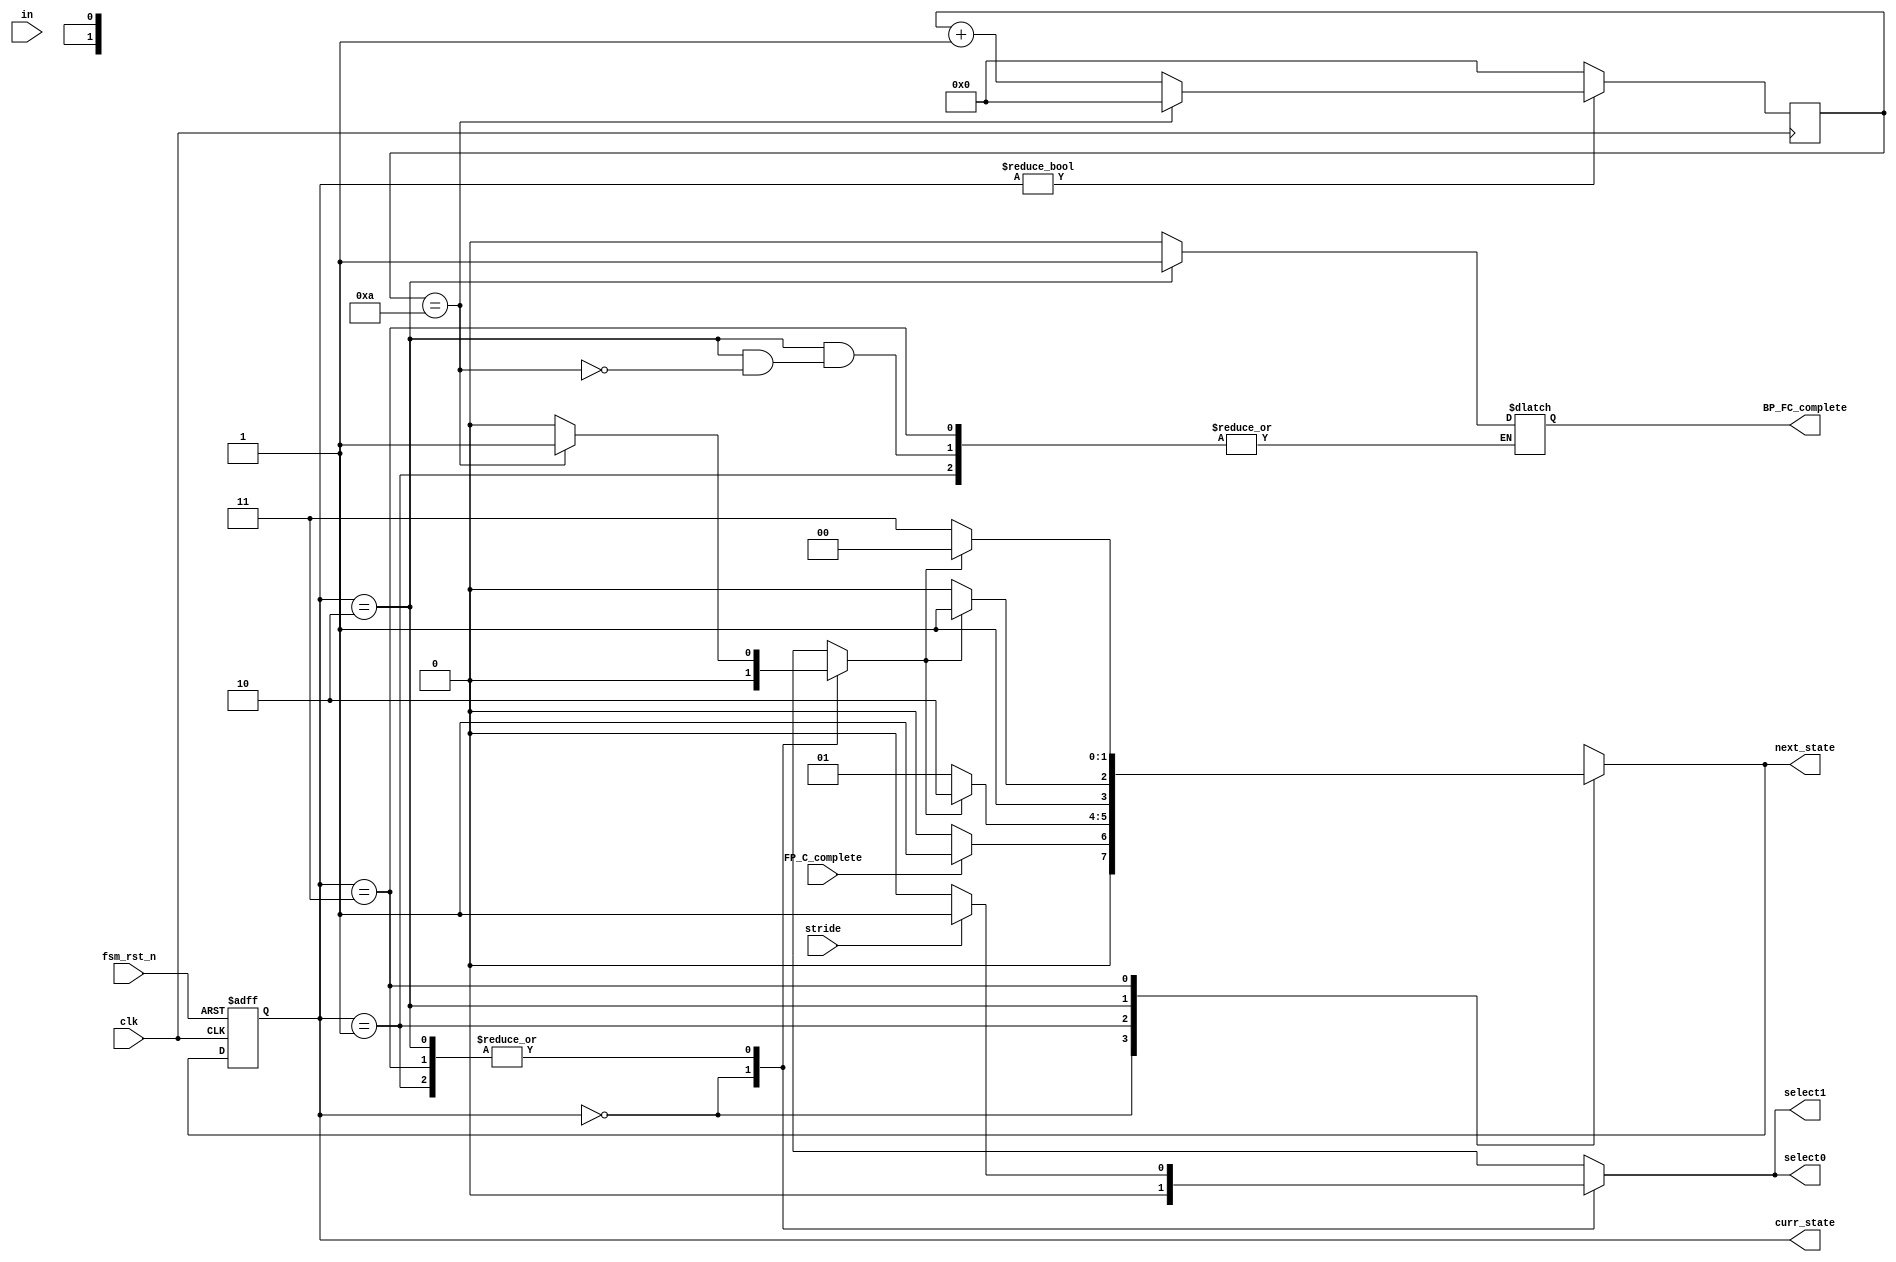
module FSM_WG(clk,fsm_rst_n,in,stride,select0,select1,FP_C_complete,BP_FC_complete,curr_state,next_state);

input clk,fsm_rst_n,in,stride,FP_C_complete;
output reg select0,select1,BP_FC_complete;
parameter IDLE=2'b00;
parameter FP_FC=2'b01;
parameter BP_FC=2'b10;
parameter WG=2'b11;
output [1:0]curr_state,next_state;
reg in_en;
reg complete;
reg [3:0]count;
reg [1:0]curr_state;
reg [1:0]next_state;
//CS
always@(posedge clk or negedge fsm_rst_n)
  if (~fsm_rst_n) 
    begin 
	curr_state <= IDLE;
    end
  else        curr_state <= next_state;
//NL
always@(*)
  case (curr_state)
    IDLE    : if (FP_C_complete) next_state = FP_FC;
              else     next_state = IDLE;
    FP_FC      : if (complete) begin 
		next_state = BP_FC;
end
              else     next_state = FP_FC;
    BP_FC      : if (complete) begin 
		next_state = WG;
end
              else     next_state = BP_FC;
    WG      : if (complete) begin
		next_state = IDLE;
end
	      else     next_state = WG;

    default :          next_state = IDLE;
  endcase
//OL
always@(*)
  case (curr_state)
    IDLE    : begin 
	select0=0;select1=0;BP_FC_complete=0;in_en=0;complete=0;
end

    FP_FC      : begin

if(stride==0)
    begin
	select0=0;select1=0;
    end
else
     begin
	select0=1;select1=1;
     end

if(count==10)
begin
    in_en=0;complete=1;
end

else
begin
    in_en=1;complete=0;
end
end
    BP_FC      : begin 

if(stride==0)
    begin
	select0=0;select1=0;
    end
else
     begin
	select0=1;select1=1;
     end

if(count==10)
begin
    in_en=0;complete=1;BP_FC_complete=1;
end

else
begin
    in_en=1;complete=0;
end

end
    WG      : begin 

if(stride==0)
    begin
	select0=0;select1=0;
    end
else
     begin
	select0=1;select1=1;
     end

if(count==10)
begin
    in_en=0;complete=1;
end

else
begin
    in_en=1;complete=0;
end

end
    default : begin
	select0=0;select1=0;
end
  endcase
/*
always@(posedge clk)
    if(in_en)  
       begin
	  if (count==10)
   	     begin
		count <= 0;
		complete <=1;
    	     end
    	  else
       		count <= count+1;
       end
    else complete <= 0;
*/
always@(posedge clk) begin
    if(curr_state)  
       begin
	  if (count==10)
   	     begin
		count <= 0;
		//complete <= 1;
    	     end
    	  else
	     begin
       		count <= count+1;
	     end
       end
    else  count <= 0;
    
end

endmodule